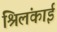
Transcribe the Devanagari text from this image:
श्रिलंकाई